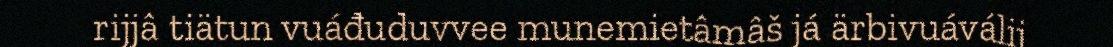
rijjâ tiätun vuáđuduvvee munemietâmâš já ärbivuáválij